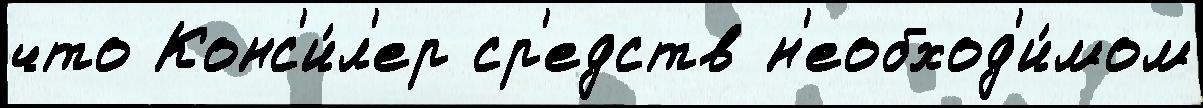
что Конс'и́л'ер ср'едств н'еобход'и́мом